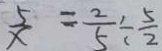
\frac { 5 } { x } = \frac { 2 } { 5 } \div \frac { 5 } { 2 }